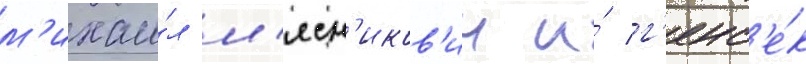
м'ихаи́л м'ясн'иков'ич и́ г'енс'е́к